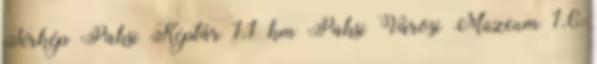
Térkép Paksi Képtár 1.1 km Paksi Városi Múzeum 1.6